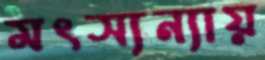
মৎস্যন্যায়